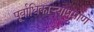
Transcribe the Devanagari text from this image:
पूर्वाधिकार्‍याप्रमाणे